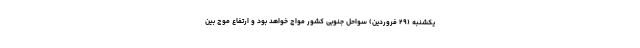
یکشنبه (۲۹ فروردین) سواحل جنوبی کشور مواج خواهد بود و ارتفاع موج بین